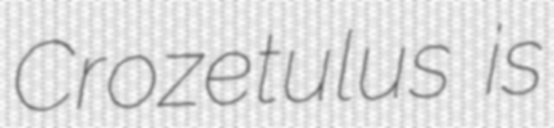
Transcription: Crozetulus is